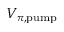
V _ { \pi , \mathrm { { p u m p } } }